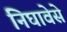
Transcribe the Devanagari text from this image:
निघावेसे